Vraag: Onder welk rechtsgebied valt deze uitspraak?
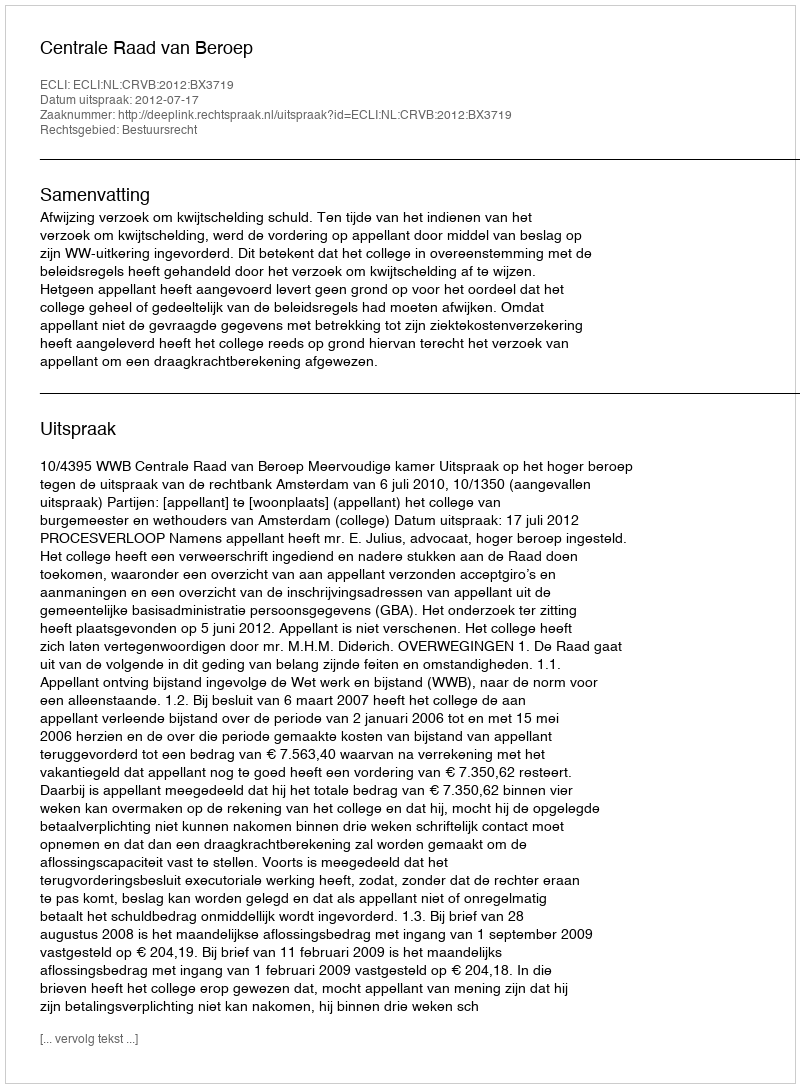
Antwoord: Bestuursrecht